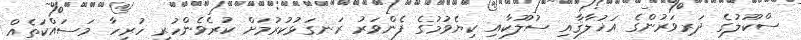
ސްކޫލުގެ ދަރިވަރުންގެ އަޚުލާޤާއި ސުލޫކާއި ކިޔެވުމުގެ ފެންވަރު ރަނގަޅުކުރުމަށް ކުރެވެންހުރި ހުރިހާ މަސައްކަތެއް